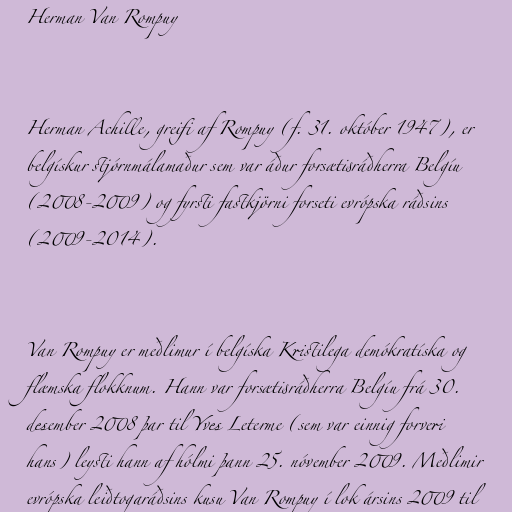
Herman Van Rompuy

Herman Achille, greifi af Rompuy (f. 31. október 1947), er
belgískur stjórnmálamaður sem var áður forsætisráðherra Belgíu
(2008-2009) og fyrsti fastkjörni forseti evrópska ráðsins
(2009-2014).

Van Rompuy er meðlimur í belgíska Kristilega demókratíska og
flæmska flokknum. Hann var forsætisráðherra Belgíu frá 30.
desember 2008 þar til Yves Leterme (sem var einnig forveri
hans) leysti hann af hólmi þann 25. nóvember 2009. Meðlimir
evrópska leiðtogaráðsins kusu Van Rompuy í lok ársins 2009 til